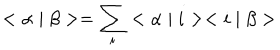
LaTeX: < \alpha \mid \beta > = \sum _ { i } ^ { } < \alpha \mid i > < i \mid \beta >